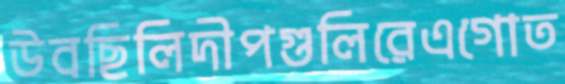
উবছিলিদীপগুলিরেএগোত